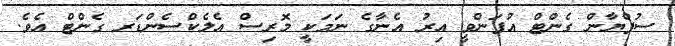
ސުފްޔާން ގެންޓް އުފަންވީ އިރު އެނާގެ ނަމަކީ މޮރިސް އެލެކްސެންޑަރ ގެންޓް އެވެ.